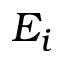
E _ { i }